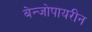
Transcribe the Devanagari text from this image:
बेन्जोपायरीन